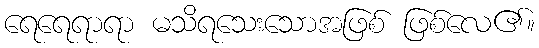
ရေရေရာရာ မသိရသေးသောအဖြစ် ဖြစ်လေ၏။